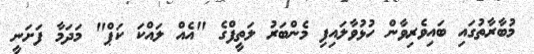
މުބާރާތުގައި ބައިވެރިވާން ހުޅުވާލައިފި މެންބަރު ލަތީފްގެ "އެއް ލައްކަ ކަޕް" މަދަމާ ފަށަނީ